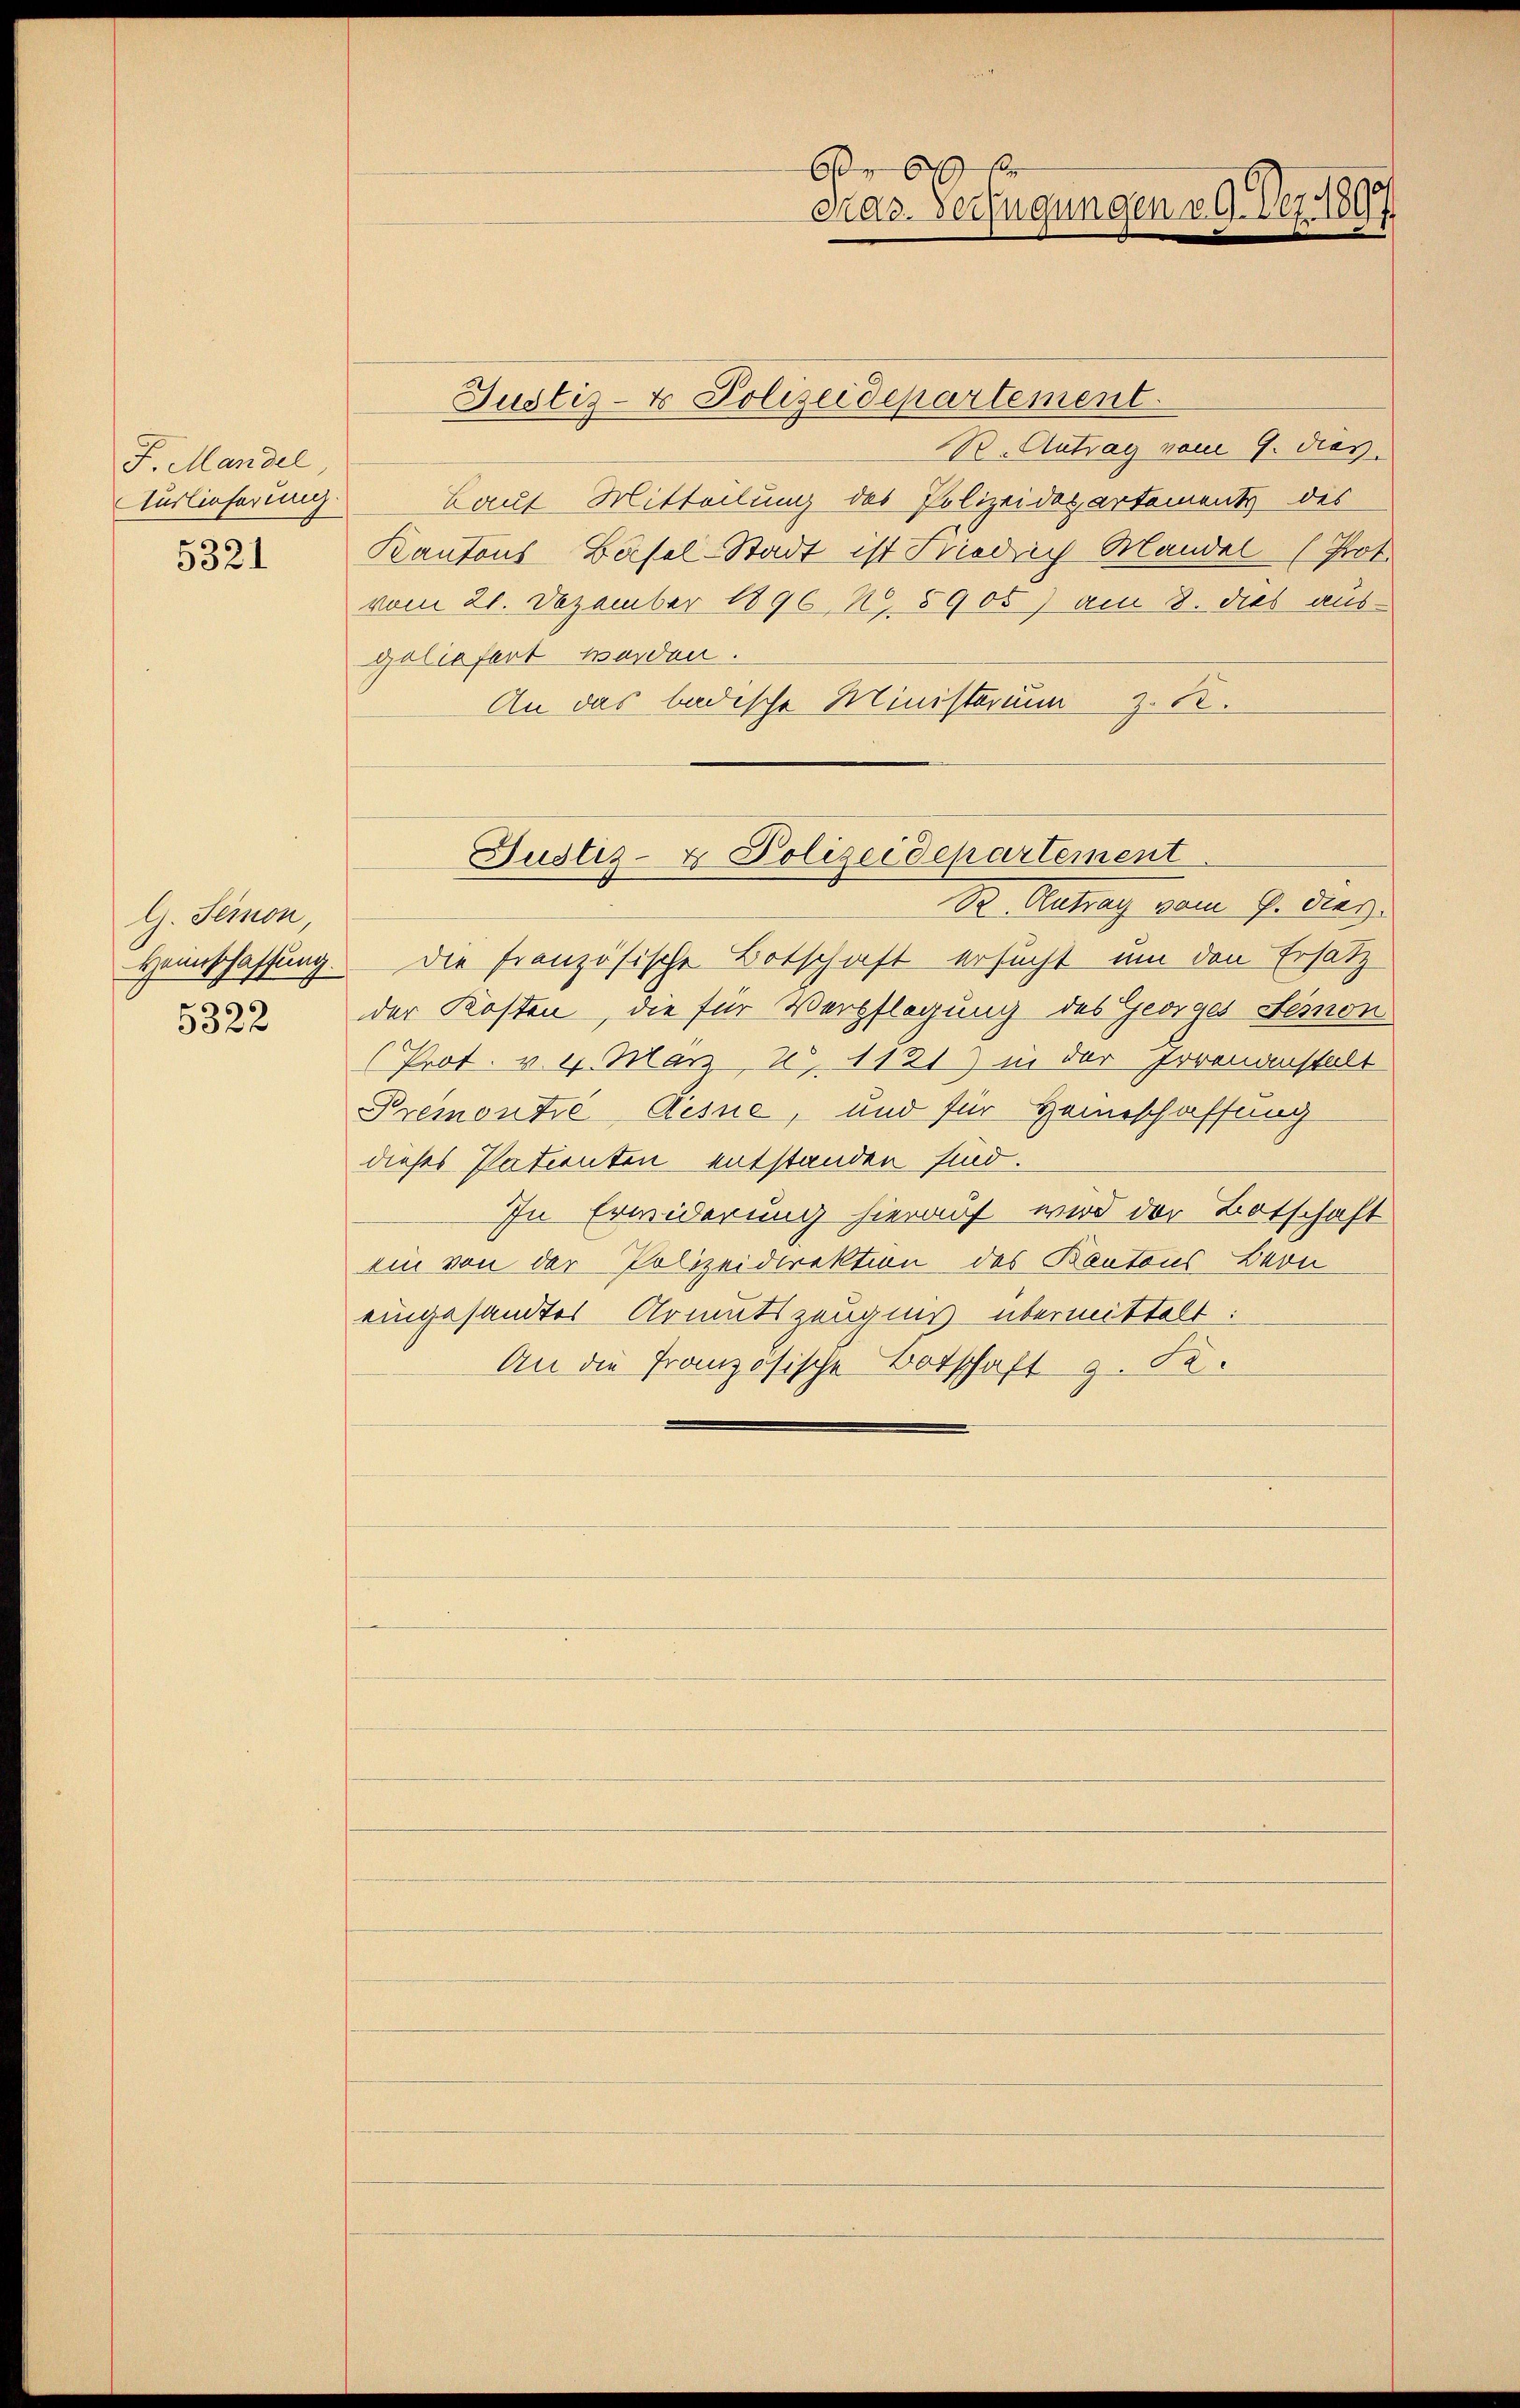
F. Mandel,
Auslieferung.
5321

G. Semnon,
Heimschaffung.

die französische Botschaft ersucht um den Ersatz
§522 der Kosten, die für Verpflegung des Georges Semnon
(Prot. v. 4. März, 2, 1121) in der Irrenanstalt
Premontre Aesue, und für Heimschaffung
dieses Patienten entstanden sind.
In Erwiderung hierauf wird der Botschaft
ein von der Polizeidirektion des Kantons Bern
eingesandter Armutszeugnis übermittelt:
An die Französische Botschaft z. Fe¬

Justiz- & Polizeidepartement
R. Antrag vom 9. dies
Laut Mitteilung des Polizeidepartements des
Kantons Basel-Stadt ist Friedrich Mandel (Prot.
vom 21. Dezember 18962. 5905) am 8. dies aus
geliefert worden.
An das badische Ministerium z. B.

br 6 kr
Pras. Verfügungen 30. Dez. 1897

Justiz- & Polizeidepartement
B. Antrag vom 6. dies